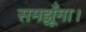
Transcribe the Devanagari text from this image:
समझूँगा।